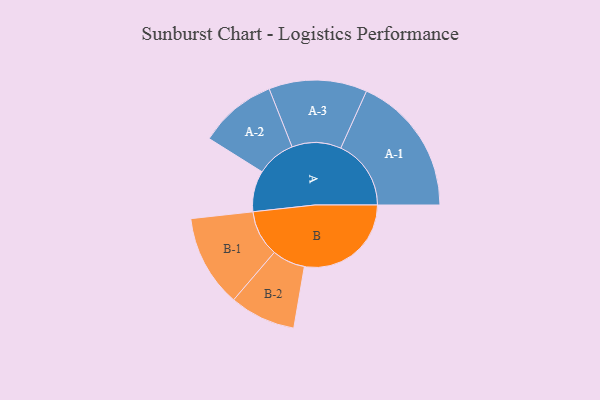
{"axis": {"x": "Segment", "y": "Value"}, "legend": ["", "A", "B"], "data": [{"x": "A", "y": 153, "type": ""}, {"x": "B", "y": 398, "type": ""}, {"x": "A-1", "y": 262, "type": "A"}, {"x": "A-2", "y": 145, "type": "A"}, {"x": "A-3", "y": 183, "type": "A"}, {"x": "B-1", "y": 172, "type": "B"}, {"x": "B-2", "y": 123, "type": "B"}]}